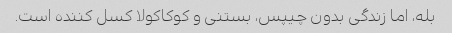
بله، اما زندگی بدون چیپس، بستنی و کوکاکولا کسل کننده است.